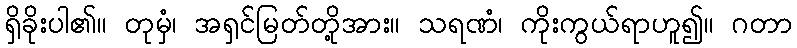
ရှိခိုးပါ၏။ တုမှံ၊ အရှင်မြတ်တို့အား။ သရဏံ၊ ကိုးကွယ်ရာဟူ၍။ ဂတာ